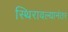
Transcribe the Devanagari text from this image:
स्थिरावल्यानंतर